Lunatic asylums Central Provinces reports 1886-1894 - 1886-1894
Year: 1886
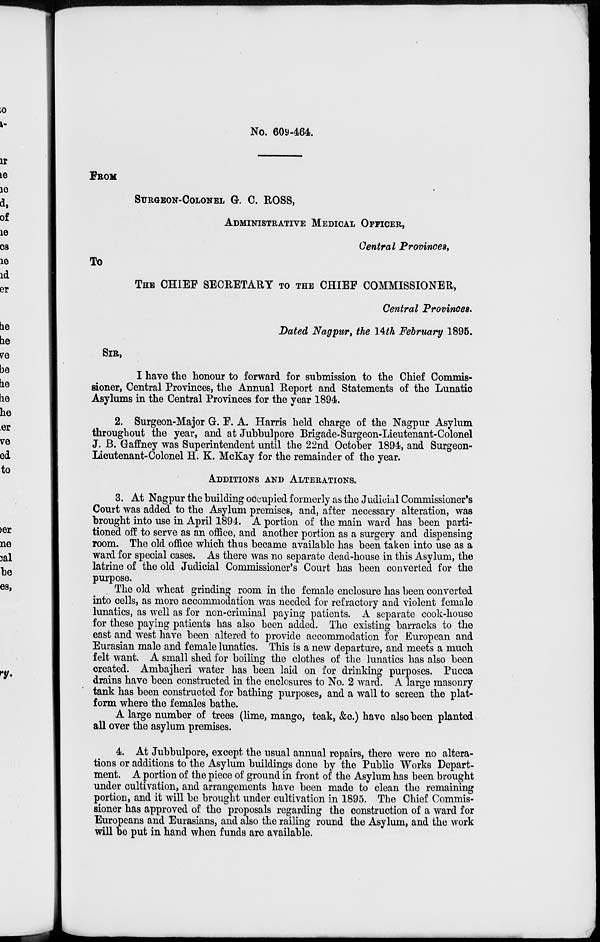
No. 609-464.
FROM
SURGEON-COLONEL G. C. ROSS,
ADMINISTRATIVE MEDICAL OFFICER,
Central Provinces,
To
THE CHIEF SECRETARY TO THE CHIEF COMMISSIONER,
Central Provinces.
Dated Nagpur, the 14th February 1895.
SIR,
I have the honour to forward for submission to the Chief Commis-
sioner, Central Provinces, the Annual Report and Statements of the Lunatic
Asylums in the Central Provinces for the year 1894.
2. Surgeon-Major G. F. A. Harris held charge of the Nagpur Asylum
throughout the year, and at Jubbulpore Brigade-Surgeon-Lieutenant-Colonel
J. B. Gaffney was Superintendent until the 22nd October 1894, and Surgeon-
Lieutenant-Colonel H. K. McKay for the remainder of the year.
ADDITIONS AND ALTERATIONS.
3. At Nagpur the building occupied formerly as the Judicial Commissioner's
Court was added to the Asylum premises, and, after necessary alteration, was
brought into use in April 1894. A portion of the main ward has been parti-
tioned off to serve as an office, and another portion as a surgery and dispensing
room. The old office which thus became available has been taken into use as a
ward for special cases. As there was no separate dead-house in this Asylum, the
latrine of the old Judicial Commissioner's Court has been converted for the
purpose.
The old wheat grinding room in the female enclosure has been converted
into cells, as more accommodation was needed for refractory and violent female
lunatics, as well as for non-criminal paying patients. A separate cook-house
for these paying patients has also been added. The existing barracks to the
east and west have been altered to provide accommodation for European and
Eurasian male and female lunatics. This is a new departure, and meets a much
felt want. A small shed for boiling the clothes of the lunatics has also been
created. Ambajheri water has been laid on for drinking purposes. Pucca
drains have been constructed in the enclosures to No. 2 ward. A large masonry
tank has been constructed for bathing purposes, and a wall to screen the plat-
form where the females bathe.
A large number of trees (lime, mango, teak, &c.) have also been planted
all over the asylum premises.
4. At Jubbulpore, except the usual annual repairs, there were no altera-
tions or additions to the Asylum buildings done by the Public Works Depart-
ment. A portion of the piece of ground in front of the Asylum has been brought
under cultivation, and arrangements have been made to clean the remaining
portion, and it will be brought under cultivation in 1895. The Chief Commis-
sioner has approved of the proposals regarding the construction of a ward for
Europeans and Eurasians, and also the railing round the Asylum, and the work
will be put in hand when funds are available.